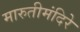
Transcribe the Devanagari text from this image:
मारुतीमंदिरे